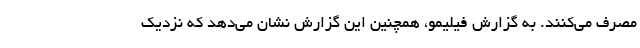
مصرف می‌کنند. به گزارش فیلیمو، همچنین این گزارش نشان می‌دهد که نزدیک